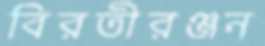
বিরতীরঞ্জন